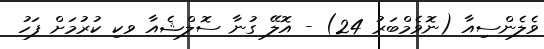
ވެލެންސިއާ (ނޮވެމްބަރު 24) - އޮލޭ ގުނާ ސޮލްޝެއާ ވކި ކުރުމަށް ފަހު